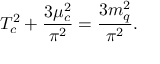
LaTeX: T _ { c } ^ { 2 } + \frac { 3 \mu _ { c } ^ { 2 } } { \pi ^ { 2 } } = \frac { 3 m _ { q } ^ { 2 } } { \pi ^ { 2 } } .